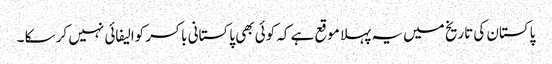
پاکستان کی تاریخ میں یہ پہلا موقع ہے کہ کوئی بھی پاکستانی باکسر کوالیفائی نہیں کر سکا ۔